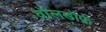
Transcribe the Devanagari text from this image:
वॉलडॉर्फ़